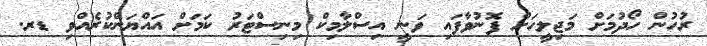
ރުހުން ހޯދުމަށް މަޖިލީހަށް ފޮނުވާފައި ވަނީ އިސްލާމިކް މިނިސްޓަރު ކަމަށް އައްޔަންކުރެއްވި ޑރ.